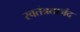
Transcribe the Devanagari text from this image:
स्वतंत्रतानंद